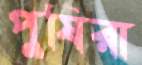
পুষিরা